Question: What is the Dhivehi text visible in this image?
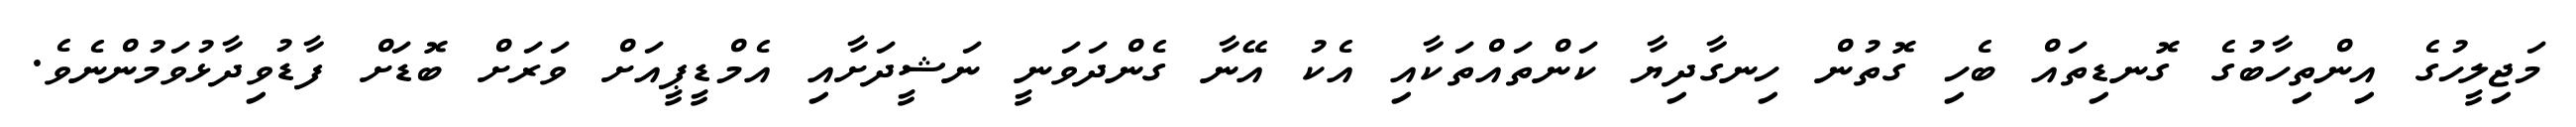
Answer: މަޖިލީހުގެ އިންތިހާބުގެ ގޮނޑިތައް ބެހި ގޮތުން ހިނގާދިޔާ ކަންތައްތަކާއި އެކު އޭނާ ގެންދަވަނީ ނަޝީދަށާއި އެމްޑީޕީއަށް ވަރަށް ބޮޑަށް ފާޑުވިދާޅުވަމުންނެވެ.